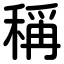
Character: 稱